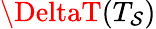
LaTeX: \DeltaT(T_{\mathcal{S}})